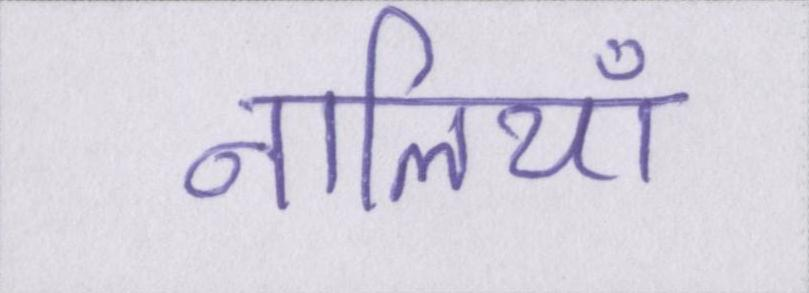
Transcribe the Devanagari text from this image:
नालियाँ